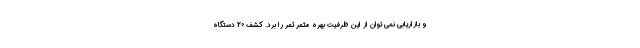
و بازاریابی نمی توان از این ظرفیت بهره مثمر ثمر را برد. کشف 20 دستگاه